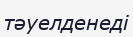
тәуелденеді